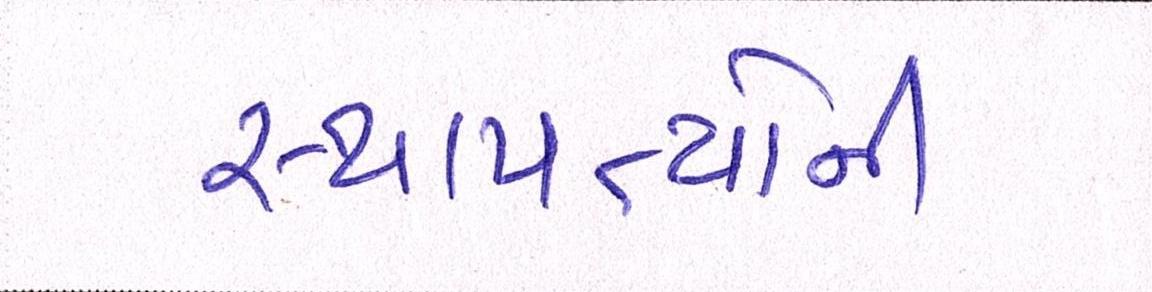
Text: સ્થાપત્યોની